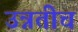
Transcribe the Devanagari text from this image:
उन्नतीचं